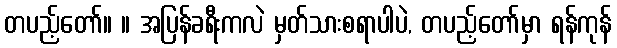
တပည့်တော်။ ။ အပြန်ခရီးကလဲ မှတ်သားစရာပါပဲ, တပည့်တော်မှာ ရန်ကုန်